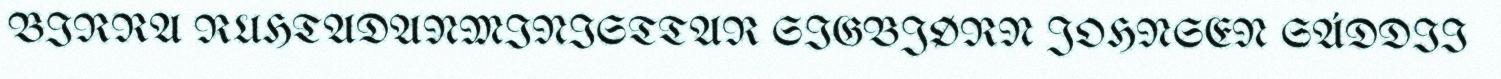
BIRRA RUHTADANMINISTTAR SIGBJØRN JOHNSEN SÁDDII